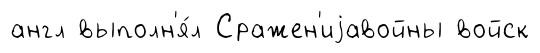
англ выполн'я́л Сражен'иjавойны войск